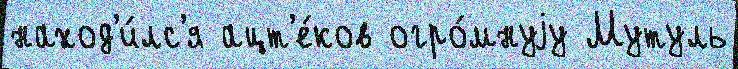
наход'и́лс'я ацт'е́ков огро́мнуjу Мутуль